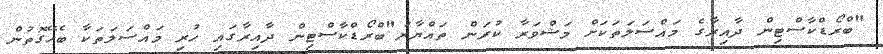
"ބްރޯޑްކާސްޓިން ދާއިރާގެ މައްސަލަތަކަށް މަޝްވަރާ ކުރަން ތައްޔާރު"ބްރޯޑްކާސްޓިން ދާއިރާގައި ހުރި މައްސަލަތަކާ ބެހޭގޮތުން